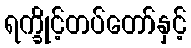
ရက္ခိုင့်တပ်တော်နှင့်